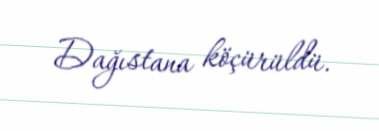
Dağıstana köçürüldü.